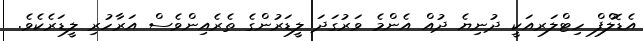
އެޑޮލްފް ހިޓްލަރއަކީ ދުނިޔެ ދުއް އެންމެ ވަރުގަދަ ލީޑަރުންގެ ތެރެއިންވެސް އަރާހުރި ލީޑަރެކެވެ.